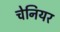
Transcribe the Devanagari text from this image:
चेनियर